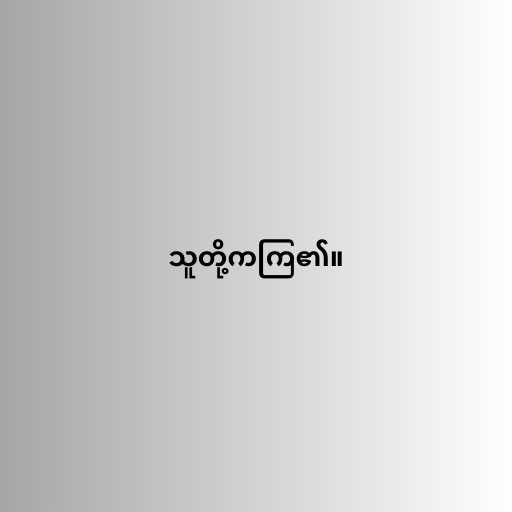
သူတို့ကကြ၏။